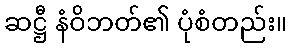
ဆဋ္ဌီ နံဝိဘတ်၏ ပုံစံတည်း။